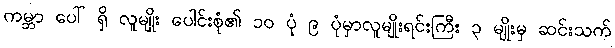
ကမ္ဘာ ပေါ် ရှိ လူမျိုး ပေါင်းစုံ၏ ၁၀ ပုံ ၉ ပုံမှာလူမျိုးရင်းကြီး ၃ မျိုးမှ ဆင်းသက်